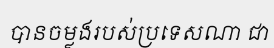
បានចម្លងរបស់ប្រទេសណា ជា